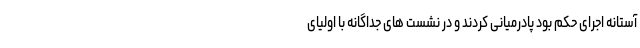
آستانه اجرای حکم بود پادرمیانی کردند و در نشست های جداگانه با اولیای